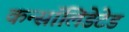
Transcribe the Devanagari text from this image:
कन्सॉलिडेटेड